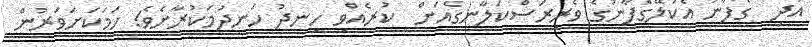
އަދި  ގެފާނު އެކަލޭގެފާނުގެ ވެރިރަސްކަލާނގެއަށް  ކުރެއްވި ހިނދު ހަނދުމަކުރާށެވެ! ހަމަކަށަވަރުން